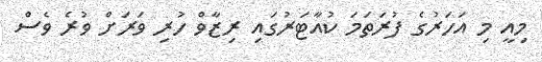
މިއީ މި އަހަރުގެ ފުރަތަމަ ކުއާޓަރުގައި ރިޒާވް ހުރި ވަރަށް ވުރެ ވެސް